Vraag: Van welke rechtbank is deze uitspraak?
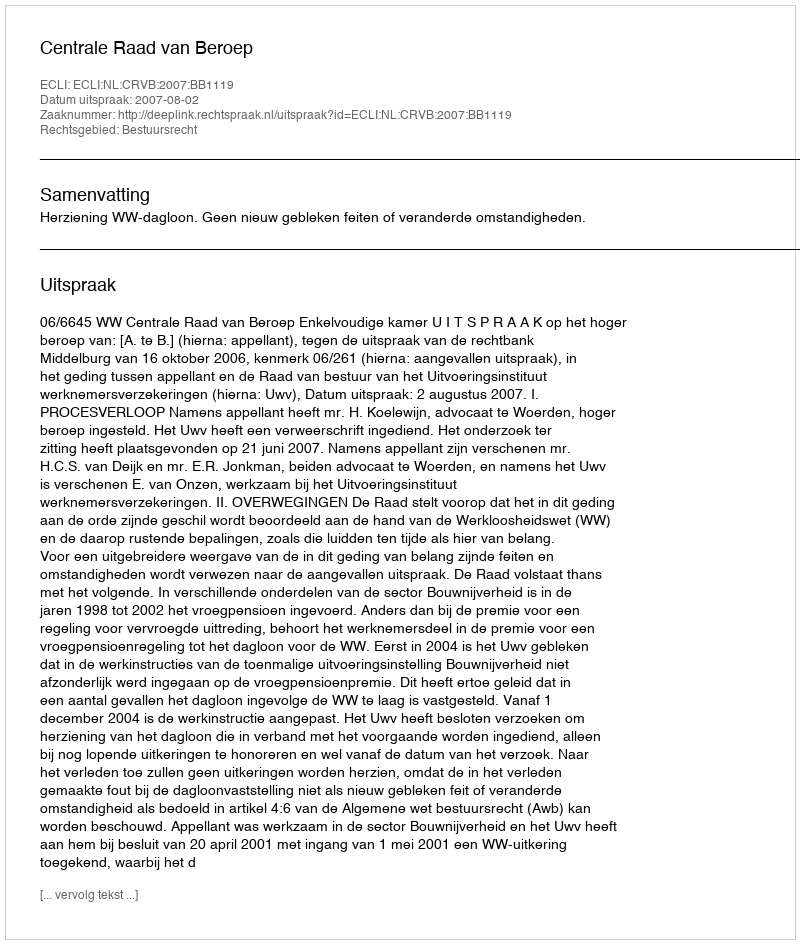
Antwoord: Centrale Raad van Beroep